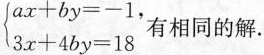
$$\left\{ \begin{matrix}